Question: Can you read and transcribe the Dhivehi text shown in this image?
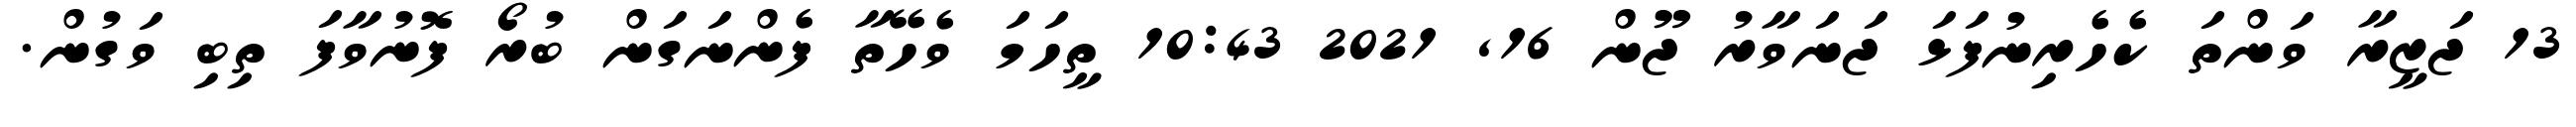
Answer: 13 ޖަޒީރާ ވަންތަ ކެހެރިނުފަޅަ ޖަނަވާރު ޖޫން 16, 2021 10:43 ތީހަމަ ވެހޭތާ ފެންނަގަން ބުރޯ ފޮނުވާފަ ތިބި ވަގުން.